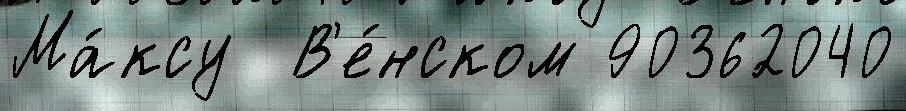
Ма́ксу  В'е́нском 90362040